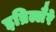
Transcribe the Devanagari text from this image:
इब्रिल्लैरे